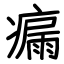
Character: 瘺